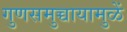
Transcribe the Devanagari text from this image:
गुणसमुच्चायामुळें